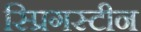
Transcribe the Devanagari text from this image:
स्प्रिगस्टीन